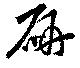
研